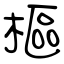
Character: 樞